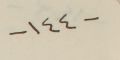
-١٤٤-